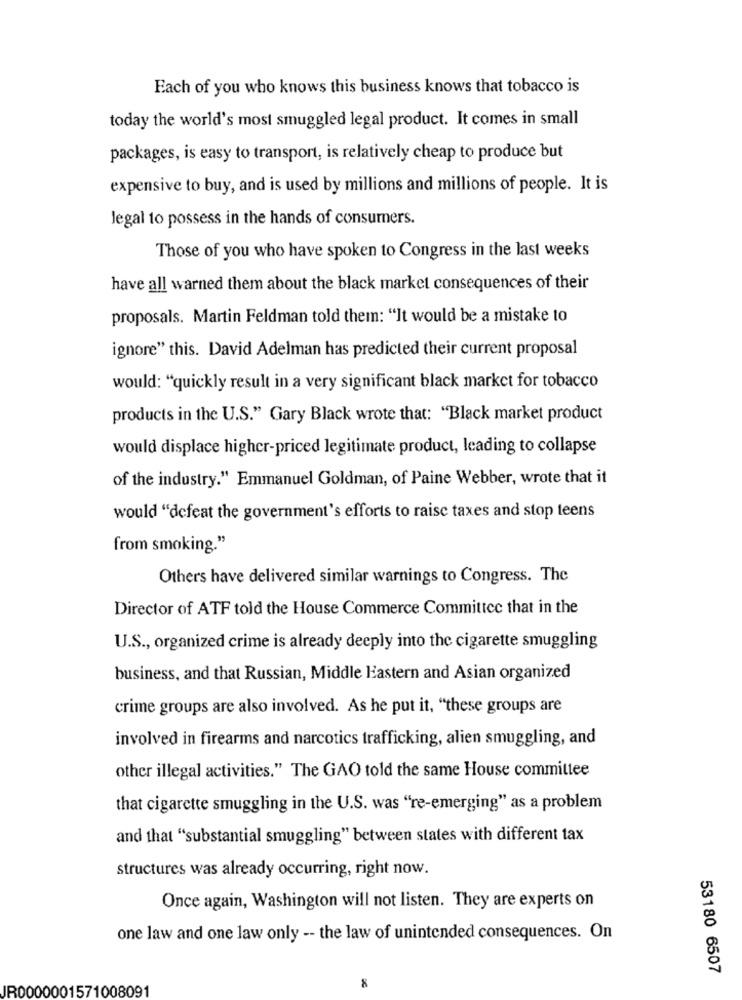
Each of you who knows this business knows that tobacco is
today the world's most smuggled legal product. It comes in small
packages, is easy to transport, is relatively cheap to produce but
expensive to buy, and is used by millions and millions of people. It is
Jegal to possess in the hands of consumers.
Those of you who have spoken to Congress in the last weeks
have all warned them about the black market consequences of their
proposals. Martin Feldman told them: "It would be a mistake to
ignore" this. David Adelman has predicted their current proposal
would: "quickly result in a very significant black market for tobacco
products in the U.S." Gary Black wrote that: "Black market product
would displace higher-priced legitimate product, leading to collapse
of the industry." Emmanuel Goldman, of Paine Webber, wrote that it
would "defeat the government's efforts to raise taxes and stop teens
from smoking."
Others have delivered similar warnings to Congress. The
Director of ATF told the House Commerce Committee that in the
U.S ., organized crime is already deeply into the cigarette smuggling
business, and that Russian, Middle Eastern and Asian organized
crime groups are also involved. As he put it, "these groups are
involved in firearms and narcotics trafficking, alien smuggling, and
other illegal activities." The GAO told the same House committee
that cigarette smuggling in the U.S. was "re-emerging" as a problem
and that "substantial smuggling" between states with different tax
structures was already occurring, right now.
Once again, Washington will not listen. They are experts on
one law and one law only -- the law of unintended consequences. On
53180 6507
JR0000001571008091